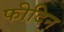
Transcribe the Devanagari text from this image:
फीदिन